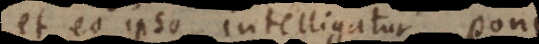
et eo ipso intelligatur poni